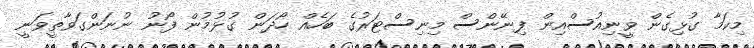
މިކަމާ ގުޅިގެން ވީނިއުސްއިން ފިނޭންސް މިނިސްޓަރުގެ ބަހެއް ހޯދަން ގުޅުމުން ފޯނު ނުނަންގަވާތީވަނީ